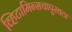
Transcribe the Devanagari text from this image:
व्हिटामिन्सचापुरवठा